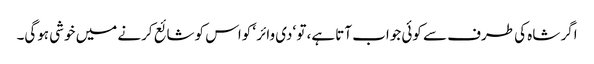
اگر شاہ کی طرف سے کوئی جواب آتا ہے، تو ‘دی وائر ‘ کواس کو شائع کرنے میں خوشی ہوگی۔